Vital statistics of India. Vol. IV, Annual returns from 1871 to 1876. British Army of India, Native Army and jails of Bengal
Year: 1871
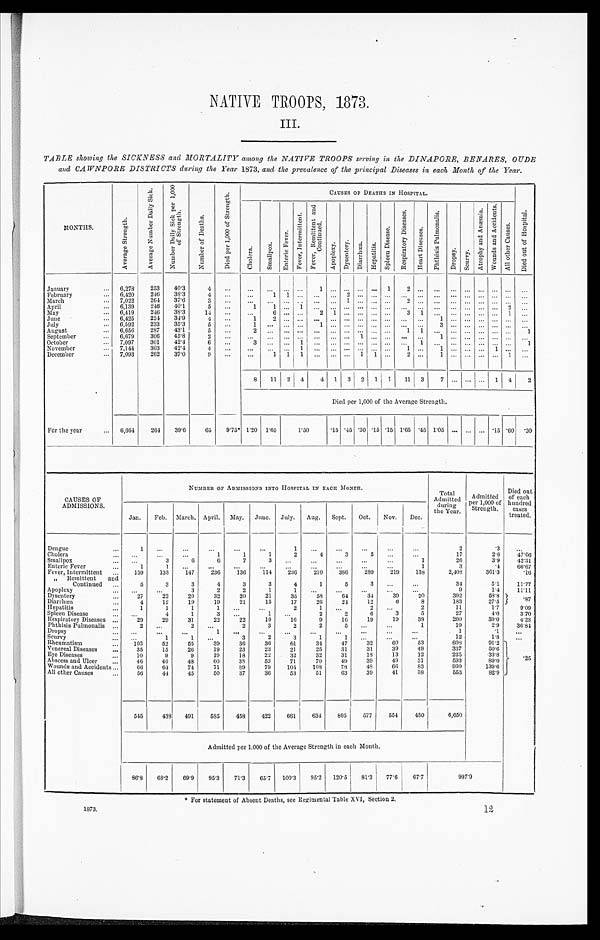
* For Statement of Absent Deaths, see Regimental Table XVI, Section 2.
1873.
NATIVE TROOPS, 1873.
III.
TABLE showing the SICKNESS and MORTALITY among the NATIVE TROOPS serving in the DINAPORE, BENARES, OUDE
and CAWNPORE DISTRICTS during the Year 1873, and the prevalence of the principal Diseases in each Month of the Year.
MONTHS.
A v e r a g e S t r e n g t h .
A v e r a g e N u m b e r D a i l y S i c k .
N u m b e r D a i l y S i c k p e r 1 , 0 0 0 o f S t r e n g t h .
N u m b e r o f D e a t h s
D i e d p e r 1 , 0 0 0 o f S t r e n g t h .
CAUSES OF DEATHS IN HOSPITAL.
D i e d o u t o f H o s p i t a l .
C h o l e r a .
S m a l l p o x .
E n t e r i c F e v e r .
F e v e r s , i n t e r m i t t e n t .
F e v e r s , R e m i t t e n t a n d C o n t i n u e d .
A p o p l e x y .
D y s e n t e r y . D i a r r h œ a .
H e p a t i t i s .
S p l e e n D i s e a s e .
R e s p i r a t o r y D i s e a s e s .
H e a r t D i s e a s e s .
P h t h i s i s P u l m o n a l i s .
D r o p s y .
S c u r v y .
A t r o p h y a n d A n æ m i a .
W o u n d s a n d A c c i d e n t s .
A l l o t h e r C a u s e s .
January . . .
6,278
253
40.3
4
. . .
. . .
. . .
. . .
. . .
1
. . . . . . . . .
. . .
1
2
. . .
. . .
. . .
. . . . . . . . .
. . .
. . .
February . . .
6,420
246
38.3
4
. . .
. . .
1 1
. . .
. . .
. . . 2 . . .
. . .
. . .
. . .
. . .
. . .
. . .
. . . . . .
. . . . . .
. . .
March . . .
7,022
264
37.6
3
. . .
. . . . . .
. . .
. . . . . .
. . . 1 . . .
. . .
. . . 2
. . . . . .
. . .
. . .
. . .
. . .
. . .
. . .
April . . .
6,139
246
40.1
5
. . .
1
1
. . . 1
. . .
. . .
. . . . . .
. . .
. . .
. . .
. . .
. . .
. . .
. . .
. . .
. . . 2
. . .
May . . .
6,419
246
38.3
14
. . .
. . .
6
. . .
. . .
2 1
. . . . . .
. . . . . .
3 1
. . .
. . .
. . .
. . .
. . . 1
. . .
June . . .
6,425
224
34.9
4
. . .
1
2
. . .
. . .
. . . . . . . . . . . .
. . .
. . .
. . .
. . .
1
. . .
. . . . . . . . . . . .
. . .
July . . .
6,592
233
35.3
5
. . .
1
. . .
. . .
. . .
1
. . . . . . . . .
. . .
. . .
. . .
. . .
3
. . .
. . . . . . . . . . . .
. . .
August . . .
6,656
287
43.1
5
. . .
2
. . .
. . .
. . . . . .
. . .
. . . . . .
. . .
. . . 1
1
. . .
. . .
. . . . . .
. . . . . .
1
September . . .
6,679
306
45.8
2
. . .
. . .
. . .
. . .
. . . . . .
. . .
. . . 1
. . .
. . .
. . .
. . .
1 . . .
. . . . . . . . . . . .
. . .
October . . .
7,097
301
42.4
6
. . .
3
. . .
. . . 1
. . .
. . . . . . . . .
. . .
. . .
. . . 1
. . . . . .
. . .
. . .
. . . . . .
1
November . . .
7,144
303
42.4
4
. . .
. . .
. . .
. . . 1
. . .
. . .
. . . . . .
. . .
. . .
1
. . .
1
. . .
. . . . . . . . .
. . .
. . .
December . . .
7,093
262
37.0
9
. . .
. . .
1 1 1
. . .
. . .
. . . 1 1
. . .
2
. . .
1
. . .
. . . . . . 1
1
. . .
8
11 2 4
4 1 3 2 1
1
11
3
7
. . .
. . .
. . . 1
4
2
Died per 1,000 of the Average Strength.
For the year . . .
6,664
264
39.6
65
9.75* 1.20 1.65
1.50
.15 .45 .30 .15 .15 1.65 .45 1.05
. . .
. . .
. . . .15 .60 .30
CAUSES OF
ADMISSIONS.
NUMBER OF ADMISSIONS INTO HOSPITAL IN EACH MONTH.
Total
Admitted
during
the Year.
Admitted
per 1,000 of
Strength.
Died out
of each
hundred
cases
treated.
Jan.
Feb. March. April. May. June. July.
Aug.
Sept.
Oct.
Nov.
Dec.
Dengue . . .
1
. . .
. . .
. . .
. . .
. . .
1
. . .
. . .
. . .
. . .
. . .
2
.3
. . .
17
2.6
47.06
Cholera . . .
. . .
. . .
. . .
1
1
1
2
4
3
5
. . .
. . .
1
26
3.9
42.31
Smal l pox . . .
. . .
3
6
6
7
3
. . .
. . .
. . .
. . .
. . .
3
. 4
66.67
1
Enteric Fever . . .
1
1
. . .
. . .
. . .
. . .
. . .
. . .
. . .
. . .
. . .
2 8 9
2 1 9
138
2,408
361.3
.16
3 8 6
Fever, Intermittent . . .
1 5 9
138
147
236
136
114
236
210
" Remittent and Continued . . .
5
3
3
4
3
3
4
1
5
3
. . .
. . .
34
5.1
11.77
9
1.4
11.11
A p o p l e x y
. . .
. . .
. . .
3
2
2
1
1
. . .
. . .
. . .
. . .
. . .
39
20
392
5 8 . 8
.87
Dysentery . . .
27
22
20
32
20
21
35
58
64
34
6
8
183
27.5
12
Diarrhœa . . .
4
12
19
19
21
15
17
26
24
11
1.7
9.09
Hepatitis . . .
1
1
1
1
. . .
. . .
2
1
. . .
2
. . .
2
27
4.0
3.70
Spleen Disease . . .
. . .
4
1
3
. . .
1
. . .
2
2
6
3
5
260
39.0
4.23
Respiratory Diseases . . .
29
29
31
22
22
10
16
9
16
19
19
38
1 9
2.9
36.84
Phthisis Pulmonalis . . .
2
. . .
2
. . .
2
3
2
2
5
. . .
. . .
1
1
.1
. . .
Dropsy . . .
. . .
. . .
. . .
1
. . .
. . .
. . .
. . .
. . .
. . .
. . .
. . .
12
1.8
. . .
Scurvy . . .
. . .
1
1
. . .
3
2
3
1
1
. . .
. . .
. . .
60
53
608
91.2 . 2 5
Rheumatism . . .
103
52
55
39
36
36
61
34
47
32
39
49
337
50.6
Venereal Diseases . . .
35
15
26
19
23
23
21
25
31
31
12
225
.33.8
Eye Diseases . . .
10
9
9
19
18
22
32
32
31
18
13
39
49
31
593
89.0
Abscess and Ulcer . . .
46
40
48
60
38
52
71
70
49
66
83
930
139.6
48
Wounds and Accidents . . .
66
64
74
71
89
79
104
108
78
553
82.9
All other Causes . . .
56
44
45
50
37
36
53
51
63
39
41
38
545
438
491
585
458
422
661
634
805
577
554
480
6,650
Admitted per 1,000 of the Average Strength in each Month.
8 6 . 8
68.2
69.9
95.3
71.3
65.7
100.3
95.2
120.5
81.3
77.6
67.7
997.9